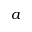
a